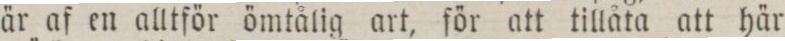
är af en alltför ömtålig art, för att tillåta att här